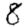
Digit: 8